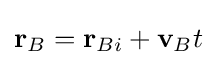
\mathbf {r} _{B}=\mathbf {r} _{Bi}+\mathbf {v} _{B}t